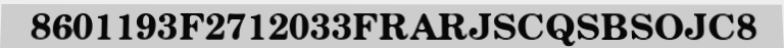
8601193F2712033FRARJSCQSBSOJC8